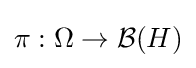
\pi :\Omega \to {\mathcal {B}}(H)